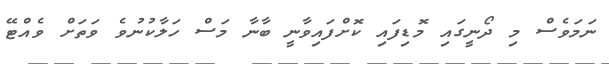
ނަމަވެސް މި ދޯނީގައި މޮޑިފައި ކޮށްފައިވާނީ ބާނާ މަސް ހަލާކުނުވެ ވަތަށް ވެއްޓޭ